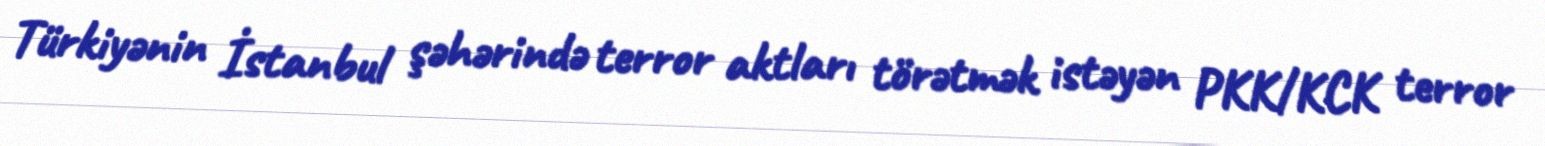
Türkiyənin İstanbul şəhərində terror aktları törətmək istəyən PKK/KCK terror